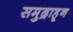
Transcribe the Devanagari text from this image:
समुद्राहून